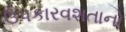
ઉપકારવશતાનો